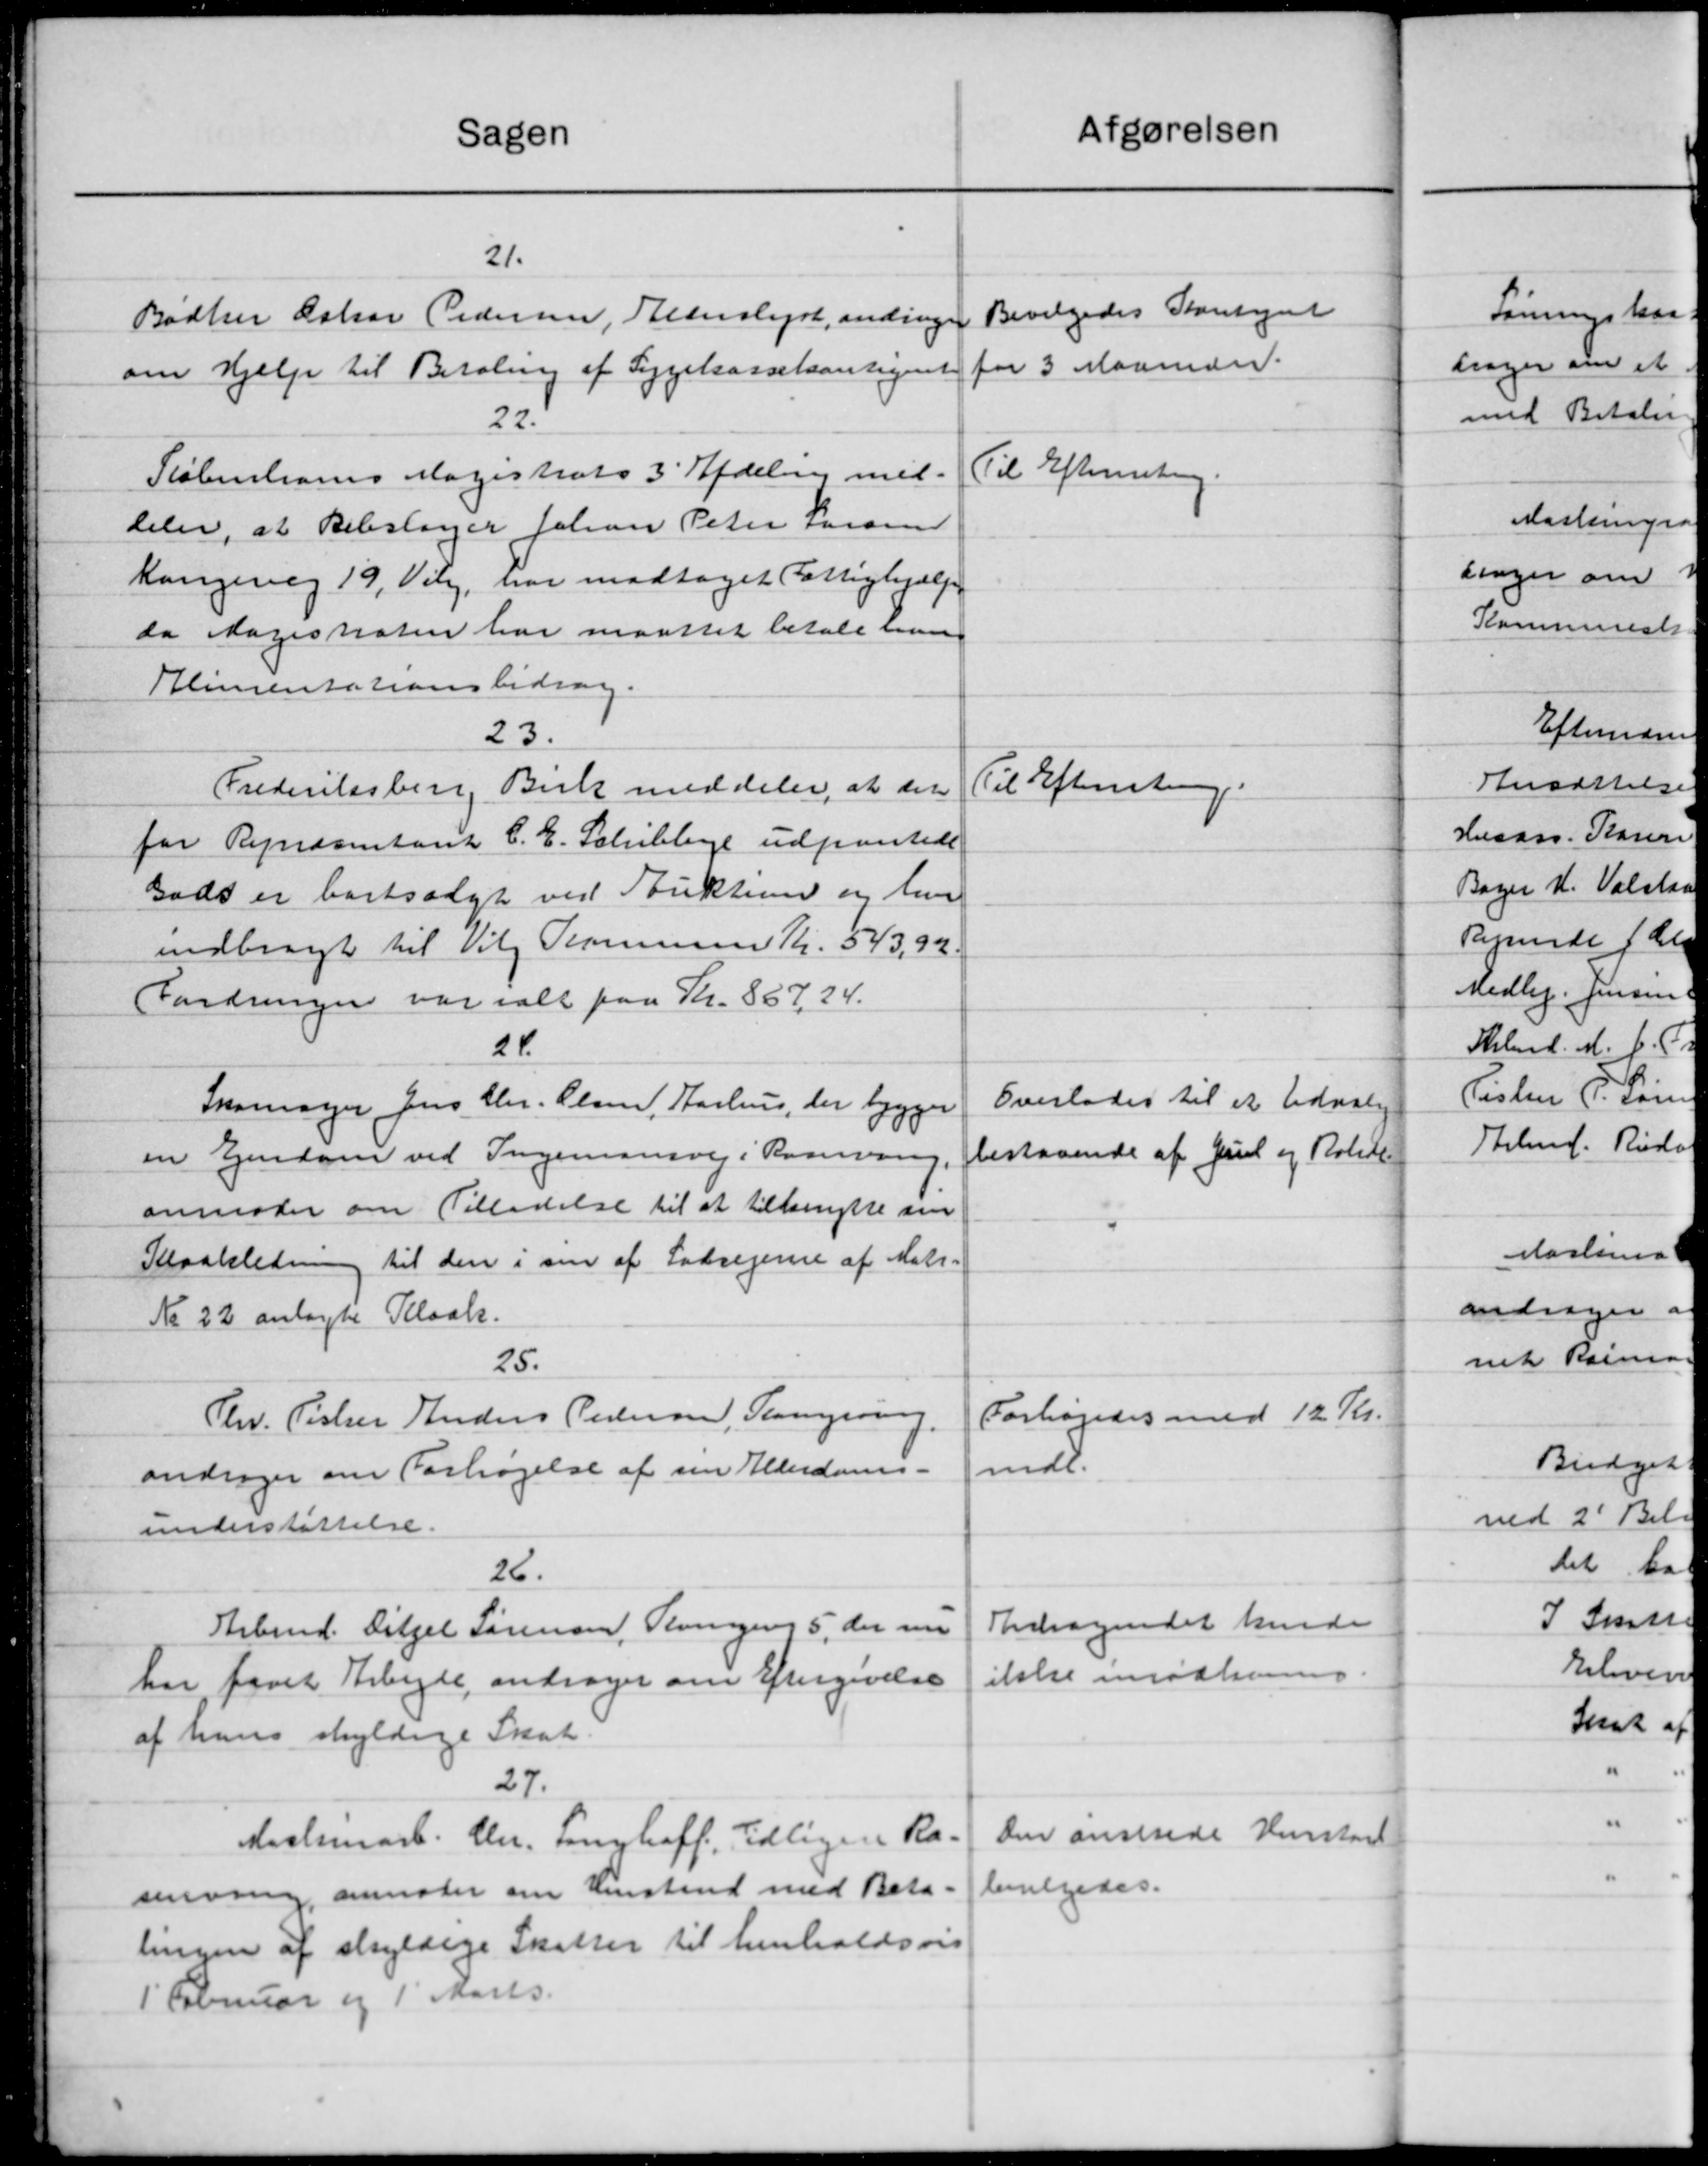
Transskription:
Sagen
21.
Bødker Oskar Pedersen, Bederslyst, andrager
om Hjælp til Betaling af Sygekassekontigent
22.
Københavns Magistrats 3' Afdeling mel-
deler, at Rebslager Johan Peter Larsen
Kongevej 19, Valg har modtaget Fattighjælp
da Magistraten har maattet betale man
Alimentationsbidrag.
23.
Frederiksberg Birk meddeler, at det
for Repræsentant C. E. Schibbye udpantede
Gads er bortsalgt ved Stuktion og hun
indbragt til Vilg Kommune Kr. 543,92
Fordringen var ialt paa Kr. 86724.
24.
Skomager Jens Chr. Olsen, Aarhus, der bygger
en Ejendom ved Ingenionsvej i Haavang
anmoder om Tilladelse til at tilbenytte sin
Kloakledning til den i sin af Lodsejerne af Matr.
No 22 anlagte Kloak.
25.
Thv. Fisker Anders Pedersen, Slangering
andrager om Forhøjelse af sin Alderdoms-
understøttelse.
26.
Arbmd. Ditzel Sørensen, Ringens 5, der nu
har faaet Arbejde, andrager om Eftergivelse
af hans skyldige Skat
27.
Maalemark. Chr. Langhoff, Tidligere Ra-
snving anmoder om Henstrud med Beta
lingen af skyldige Skatter til henholdsvis
1' Februar og 1' Marts.